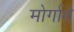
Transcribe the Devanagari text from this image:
मोर्गाते